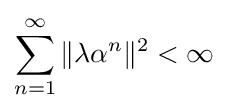
\sum _{n=1}^{\infty }\|\lambda \alpha ^{n}\|^{2}<\infty